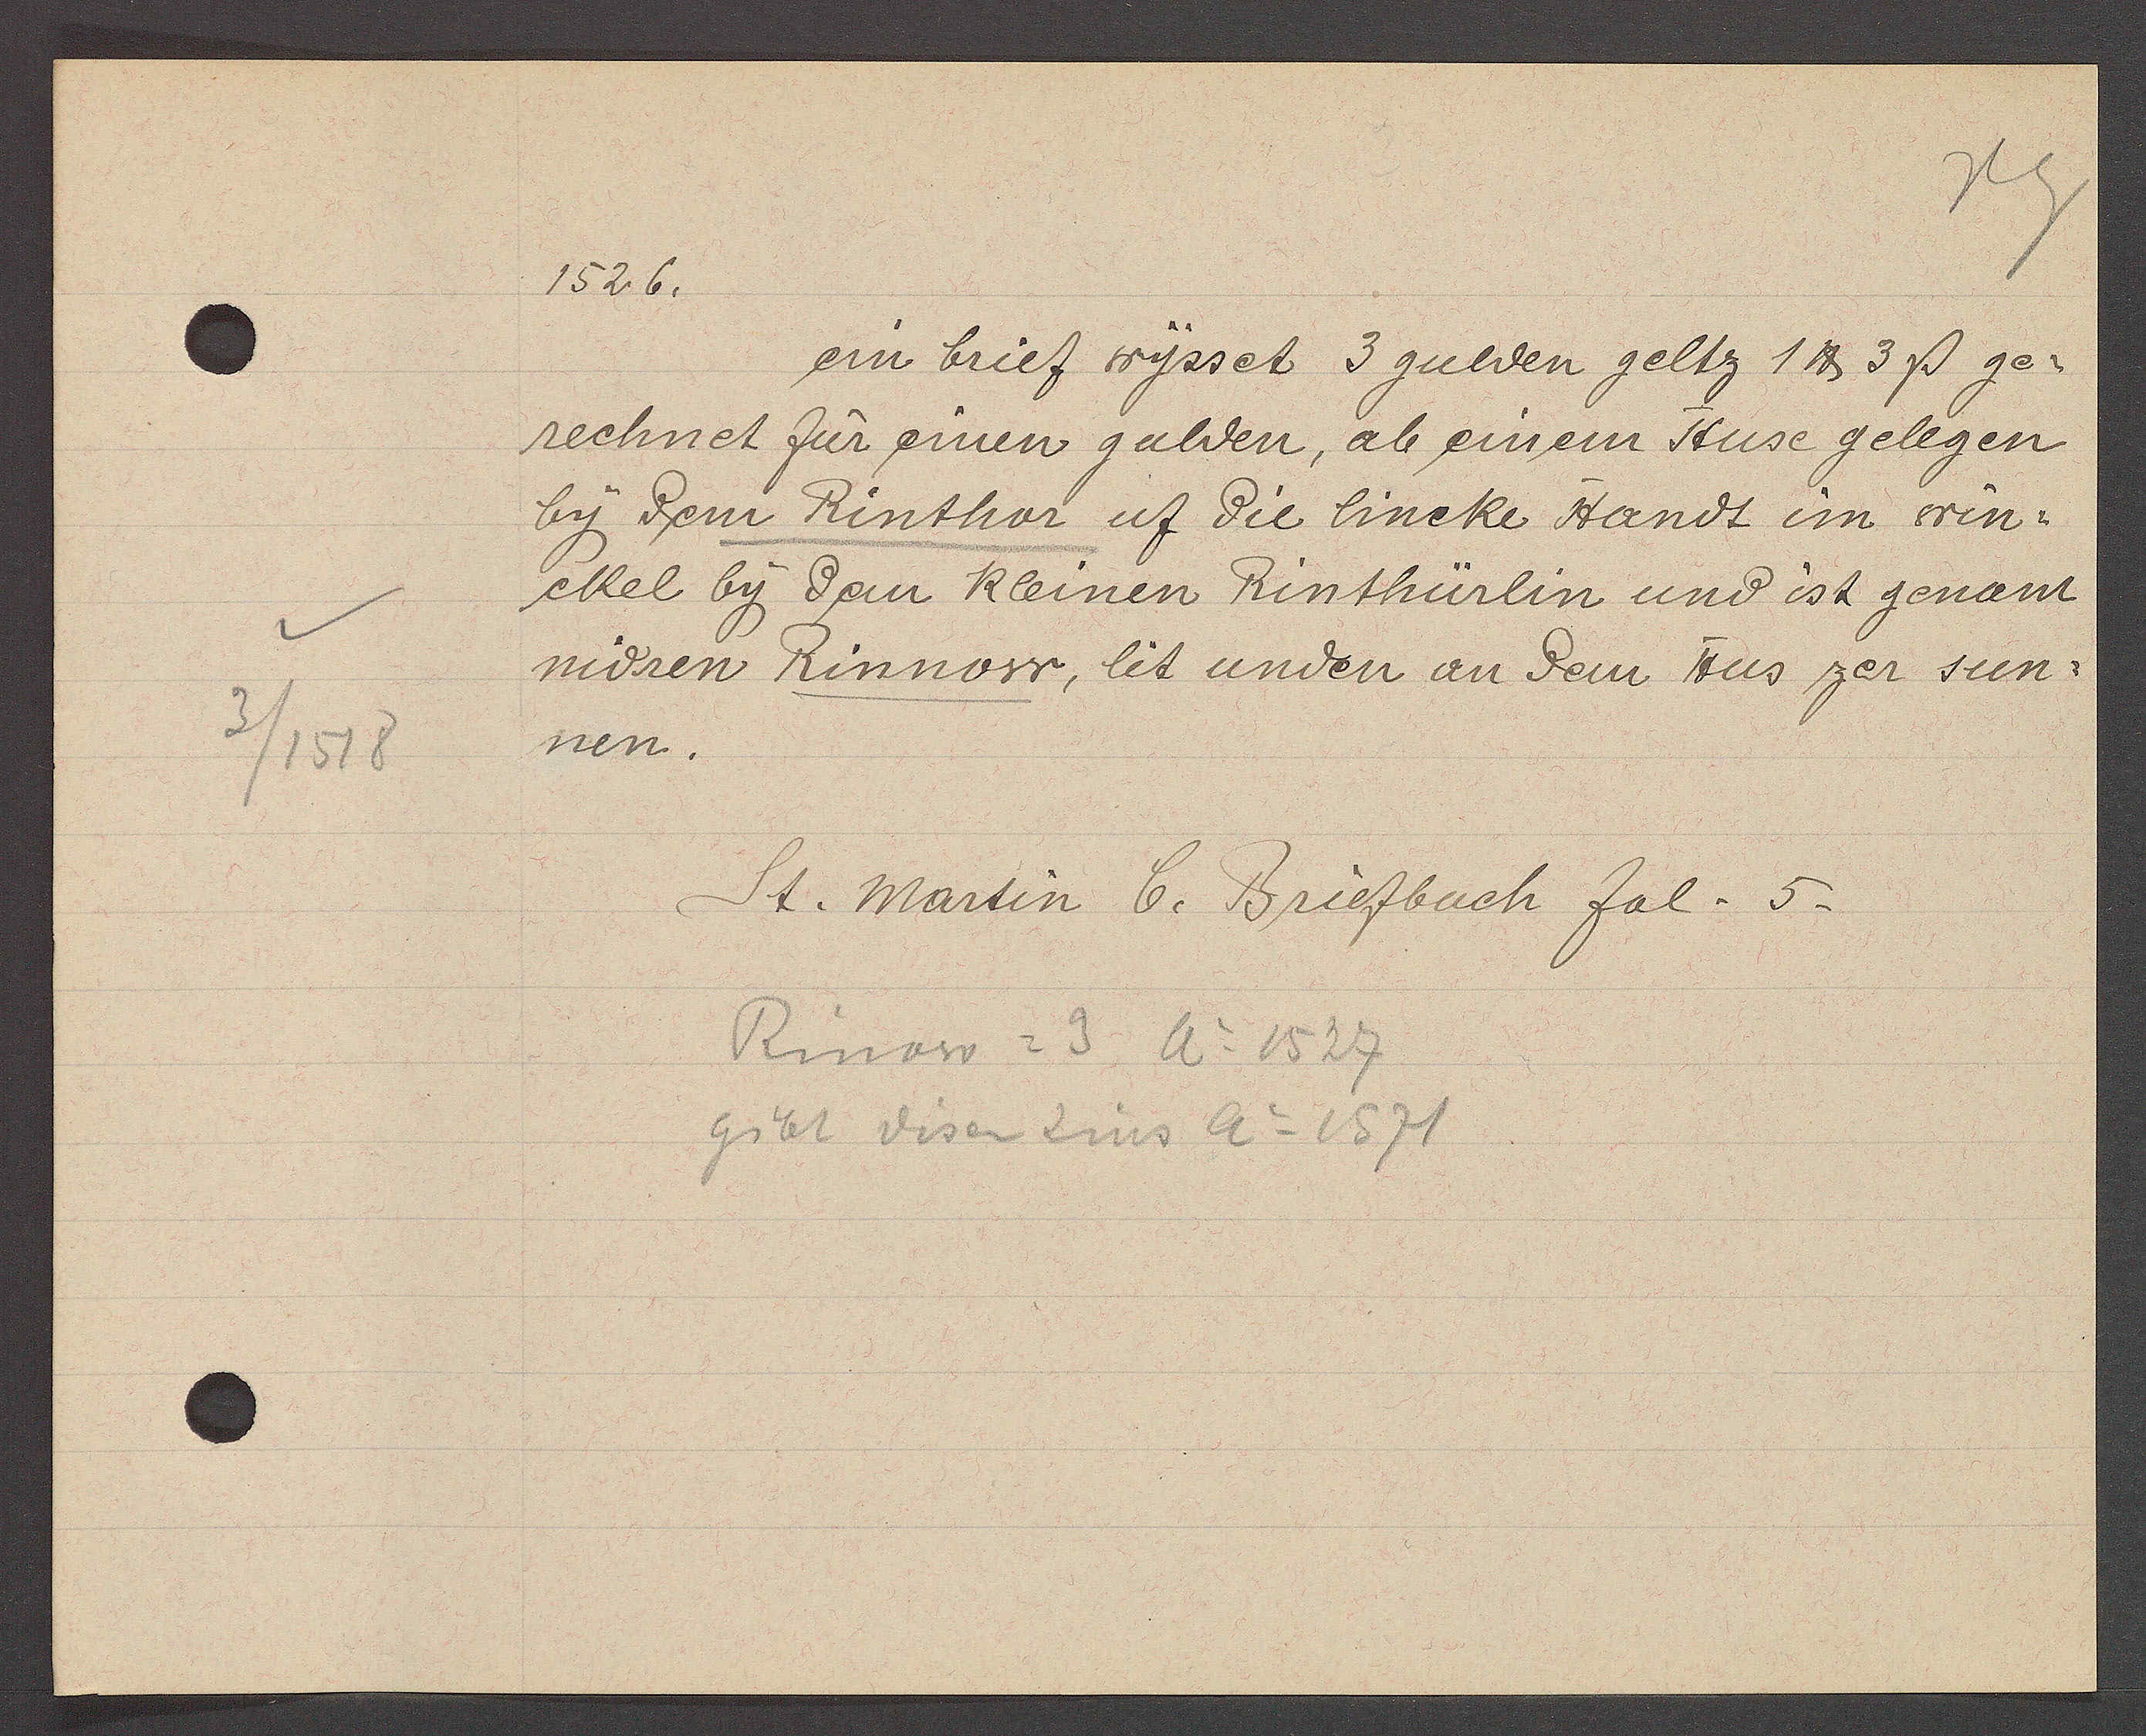
Transcript:
3/1518

1526.
ein brief wysset 3 gulden geltz 1 ℔ 3ß ge-
rechnet fur einen gulden, ab einem Huse gelegen
by dem Rinthor uf die lincke Handt im win-
eckel by dem kleinen Rinthürlin und ist genant
nidren Rinnow, lit unden an dem Hus zer sun-
nen.
St. martin b. Briefbuch fol. 5.
Rinow = 3 Ao 1527
gibt disen Zins Ao 1571